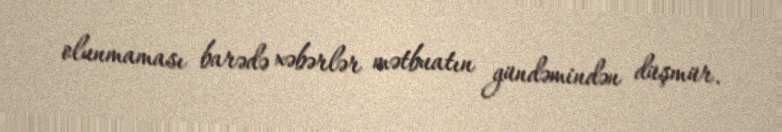
olunmaması barədə xəbərlər mətbuatın gündəmindən düşmür.